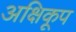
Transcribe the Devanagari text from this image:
अक्षिकूप